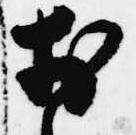
於